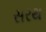
સરથ